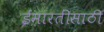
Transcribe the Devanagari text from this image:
ईमारतींसाठी